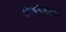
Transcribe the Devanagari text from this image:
संरचनेसाठीही